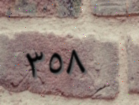
٣٥٨